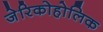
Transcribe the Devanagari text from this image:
जेरिकोहोलिक